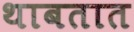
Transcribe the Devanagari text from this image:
थाबतात